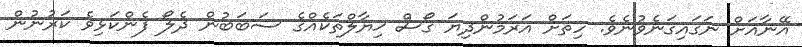
އޭނާއަށް ނަގައިގަނެވުނެވެ. ހިތަށް އަރަމުންދިޔަ ގޯސް ޚިޔާލްތަކެއްގެ ސަބަބުން ދެލޯ ފެންކަޅިވެ ކަރުނުން